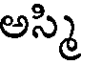
అస్మి